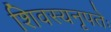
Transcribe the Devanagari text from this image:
शिवस्यनृपतेः